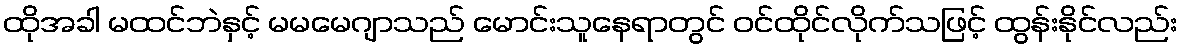
ထိုအခါ မထင်ဘဲနှင့် မမမေဂျာသည် မောင်းသူနေရာတွင် ဝင်ထိုင်လိုက်သဖြင့် ထွန်းနိုင်လည်း